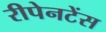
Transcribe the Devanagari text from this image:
रीपेनटेंस